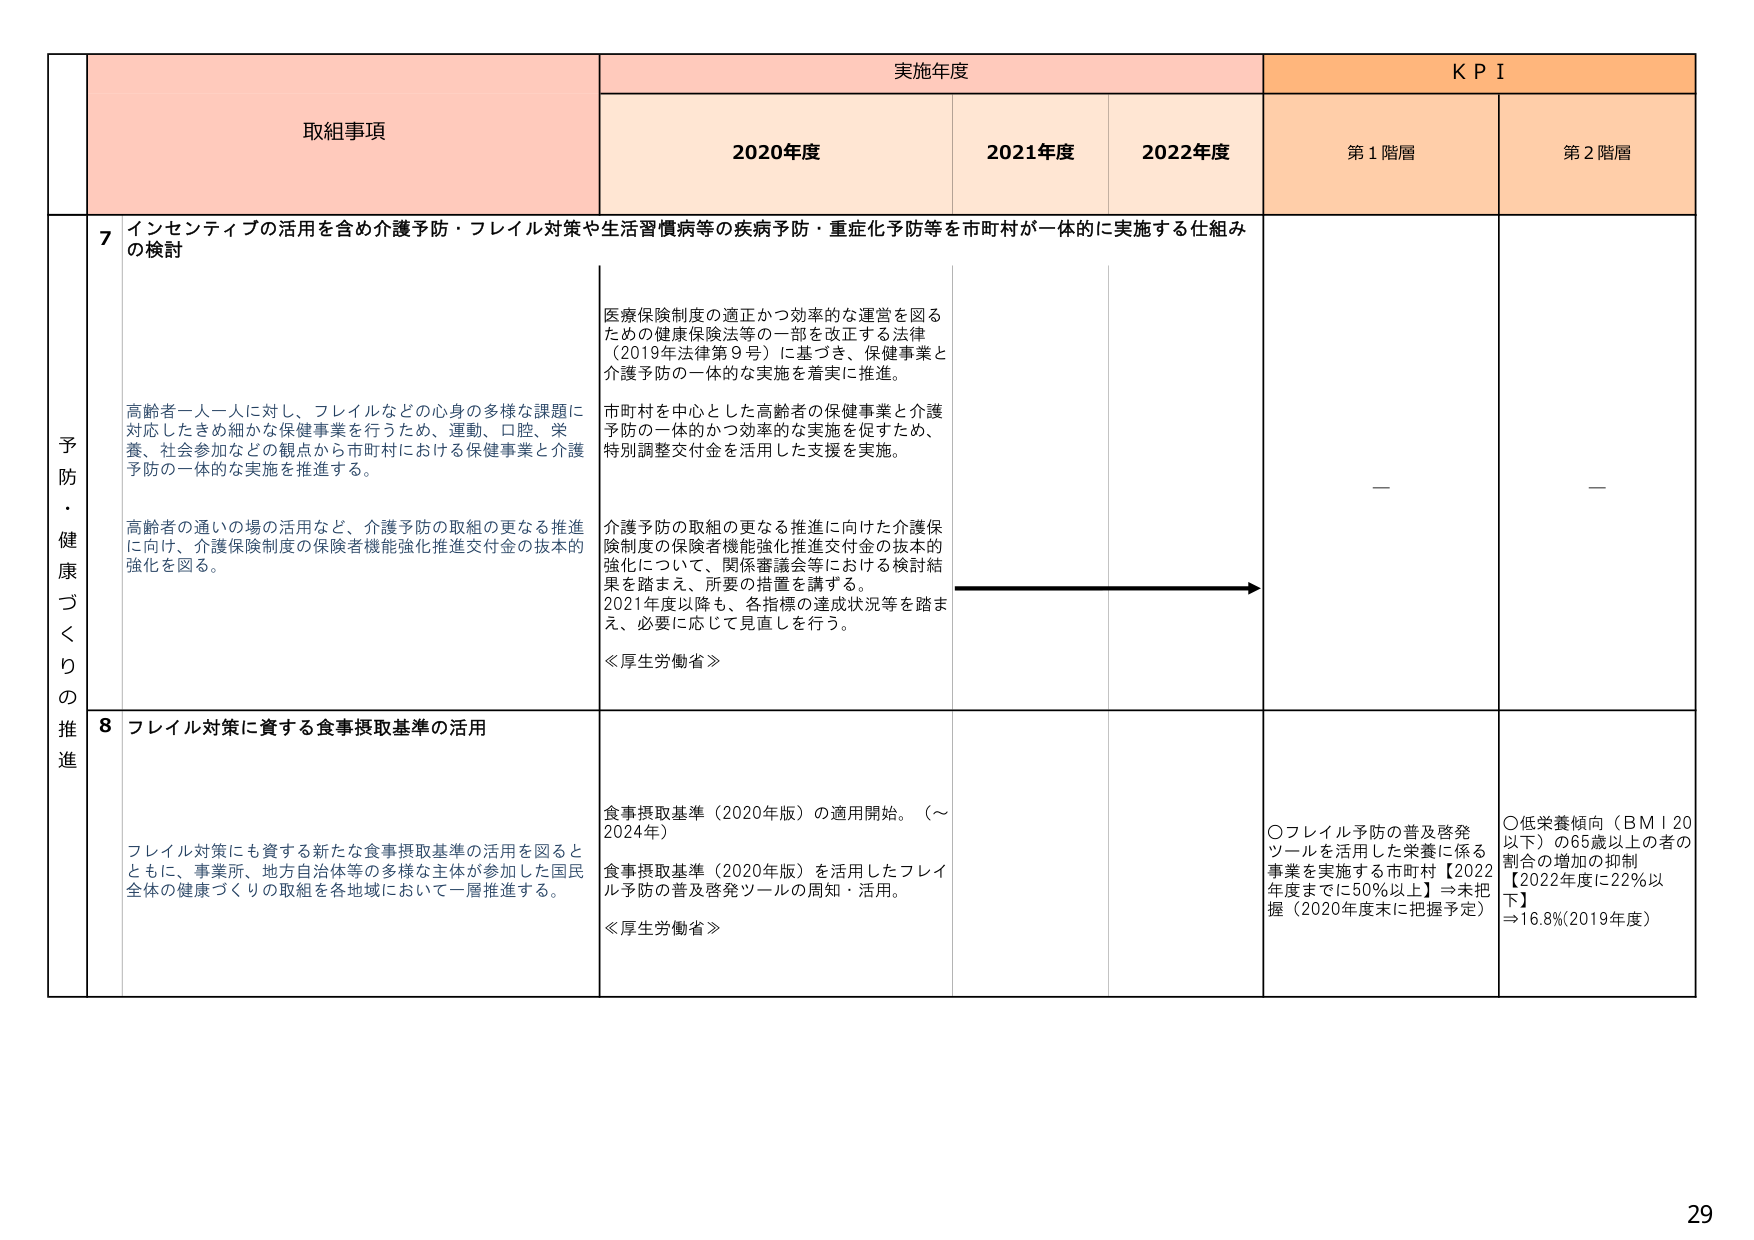
予防・健康づくりの推進

取組事項

実施年度

KPI

2020年度

2021年度

2022年度

第1階層

第2階層

7 インセンティブの活用を含め介護予防・フレイル対策や生活習慣病等の疾病予防・重症化予防等を市町村が一体的に実施する仕組みの検討

高齢者一人一人に対し、フレイルなどの心身の多様な課題に対応したきめ細かな保健事業を行うため、運動、口腔、栄養、社会参加などの観点から市町村における保健事業と介護予防の一体的な実施を推進する。

高齢者の通いの場の活用など、介護予防の取組の更なる推進に向け、介護保険制度の保険者機能強化推進交付金の抜本的強化を図る。

医療保険制度の適正かつ効率的な運営を図るための健康保険法等の一部を改正する法律（2019年法律第9号）に基づき、保健事業と介護予防の一体的な実施を着実に推進。

市町村を中心とした高齢者の保健事業と介護予防の一体的かつ効率的な実施を促すため、特別調整交付金を活用した支援を実施。

介護予防の取組の更なる推進に向けた介護保険制度の保険者機能強化推進交付金の抜本的強化について、関係審議会等における検討結果を踏まえ、所要の措置を講ずる。

2021年度以降も、各指標の達成状況等を踏まえ、必要に応じて見直しを行う。

≪厚生労働省≫

—

—

8 フレイル対策に資する食事摂取基準の活用

フレイル対策にも資する新たな食事摂取基準の活用を図るとともに、事業所、地方自治体等の多様な主体が参加した国民全体の健康づくりの取組を各地域において一層推進する。

食事摂取基準（2020年版）の適用開始。（～2024年）

食事摂取基準（2020年版）を活用したフレイル予防の普及啓発ツールの周知・活用。

≪厚生労働省≫

〇フレイル予防の普及啓発ツールを活用した栄養に係る事業を実施する市町村【2022年度までに50％以上】⇒未把握（2020年度末に把握予定）

〇低栄養傾向（BMI 20以下）の65歳以上の者の割合の増加の抑制【2022年度に22％以下】⇒16.8％（2019年度）

29